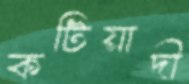
কটিয়াদী